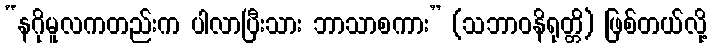
“နဂိုမူလကတည်းက ပါလာပြီးသား ဘာသာစကား” (သဘာဝနိရုတ္တိ) ဖြစ်တယ်လို့